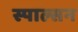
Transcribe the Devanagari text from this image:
स्पाल्सन